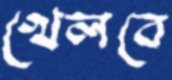
খেলবে